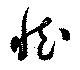
然